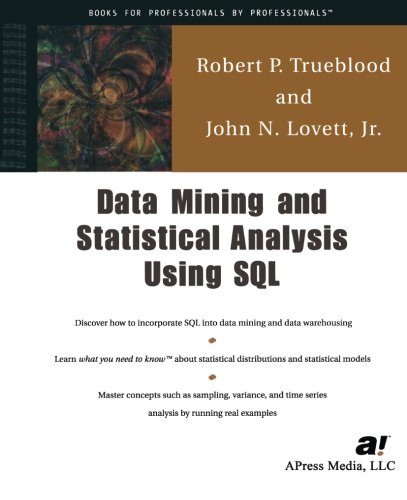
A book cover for Data Mining & Statistical Analysis Using SQL; Jr., John N. Lovett; Computers & Technology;